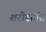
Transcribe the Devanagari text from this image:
शरीरांर्गत